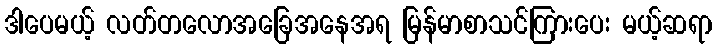
ဒါပေမယ့် လတ်တလောအခြေအနေအရ မြန်မာစာသင်ကြားပေး မယ့်ဆရာ